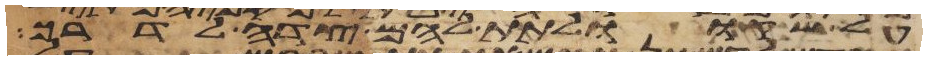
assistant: על שקו ולתת להם צדה לדרך